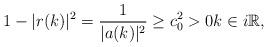
LaTeX: \begin{align*}1-|r(k)|^2=\frac{1}{|a(k)|^2} \geq c_{0}^2>0 k \in i \mathbb{R},\end{align*}